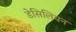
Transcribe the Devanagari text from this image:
डेसिलियन